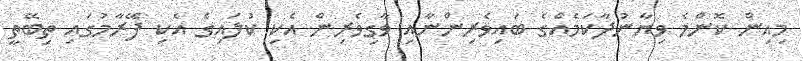
މިއިން ކޮންމެ ވިޔާނުދާކަމެއްގެ ބައިވެރިންނާއި ވާގިވެރިން އެކި ކުލައިގެ އެކި ފޭރާމުގައި ތިބޭތީ